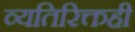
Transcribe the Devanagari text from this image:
व्यतिरिक्तही